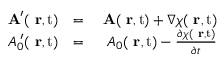
\begin{array} { r l r } { \mathrm { \bf ~ A } ^ { \prime } ( \mathrm { { \bf ~ r } , t } ) } & { = } & { \mathrm { \bf ~ A } ( \mathrm { { \bf ~ r } , t } ) + \nabla \chi ( \mathrm { { \bf ~ r } , t } ) } \\ { A _ { 0 } ^ { \; \prime } ( \mathrm { { \bf ~ r } , t } ) } & { = } & { A _ { 0 } ( \mathrm { { \bf ~ r } , t } ) - \frac { \partial \chi ( \mathrm { { \bf ~ r } , t } ) } { \partial t } } \end{array}